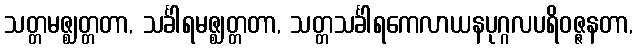
သတ္တမဇ္ဈတ္တတာ, သင်္ခါရမဇ္ဈတ္တတာ, သတ္တသင်္ခါရကေလာယနပုဂ္ဂလပရိဝဇ္ဇနတာ,